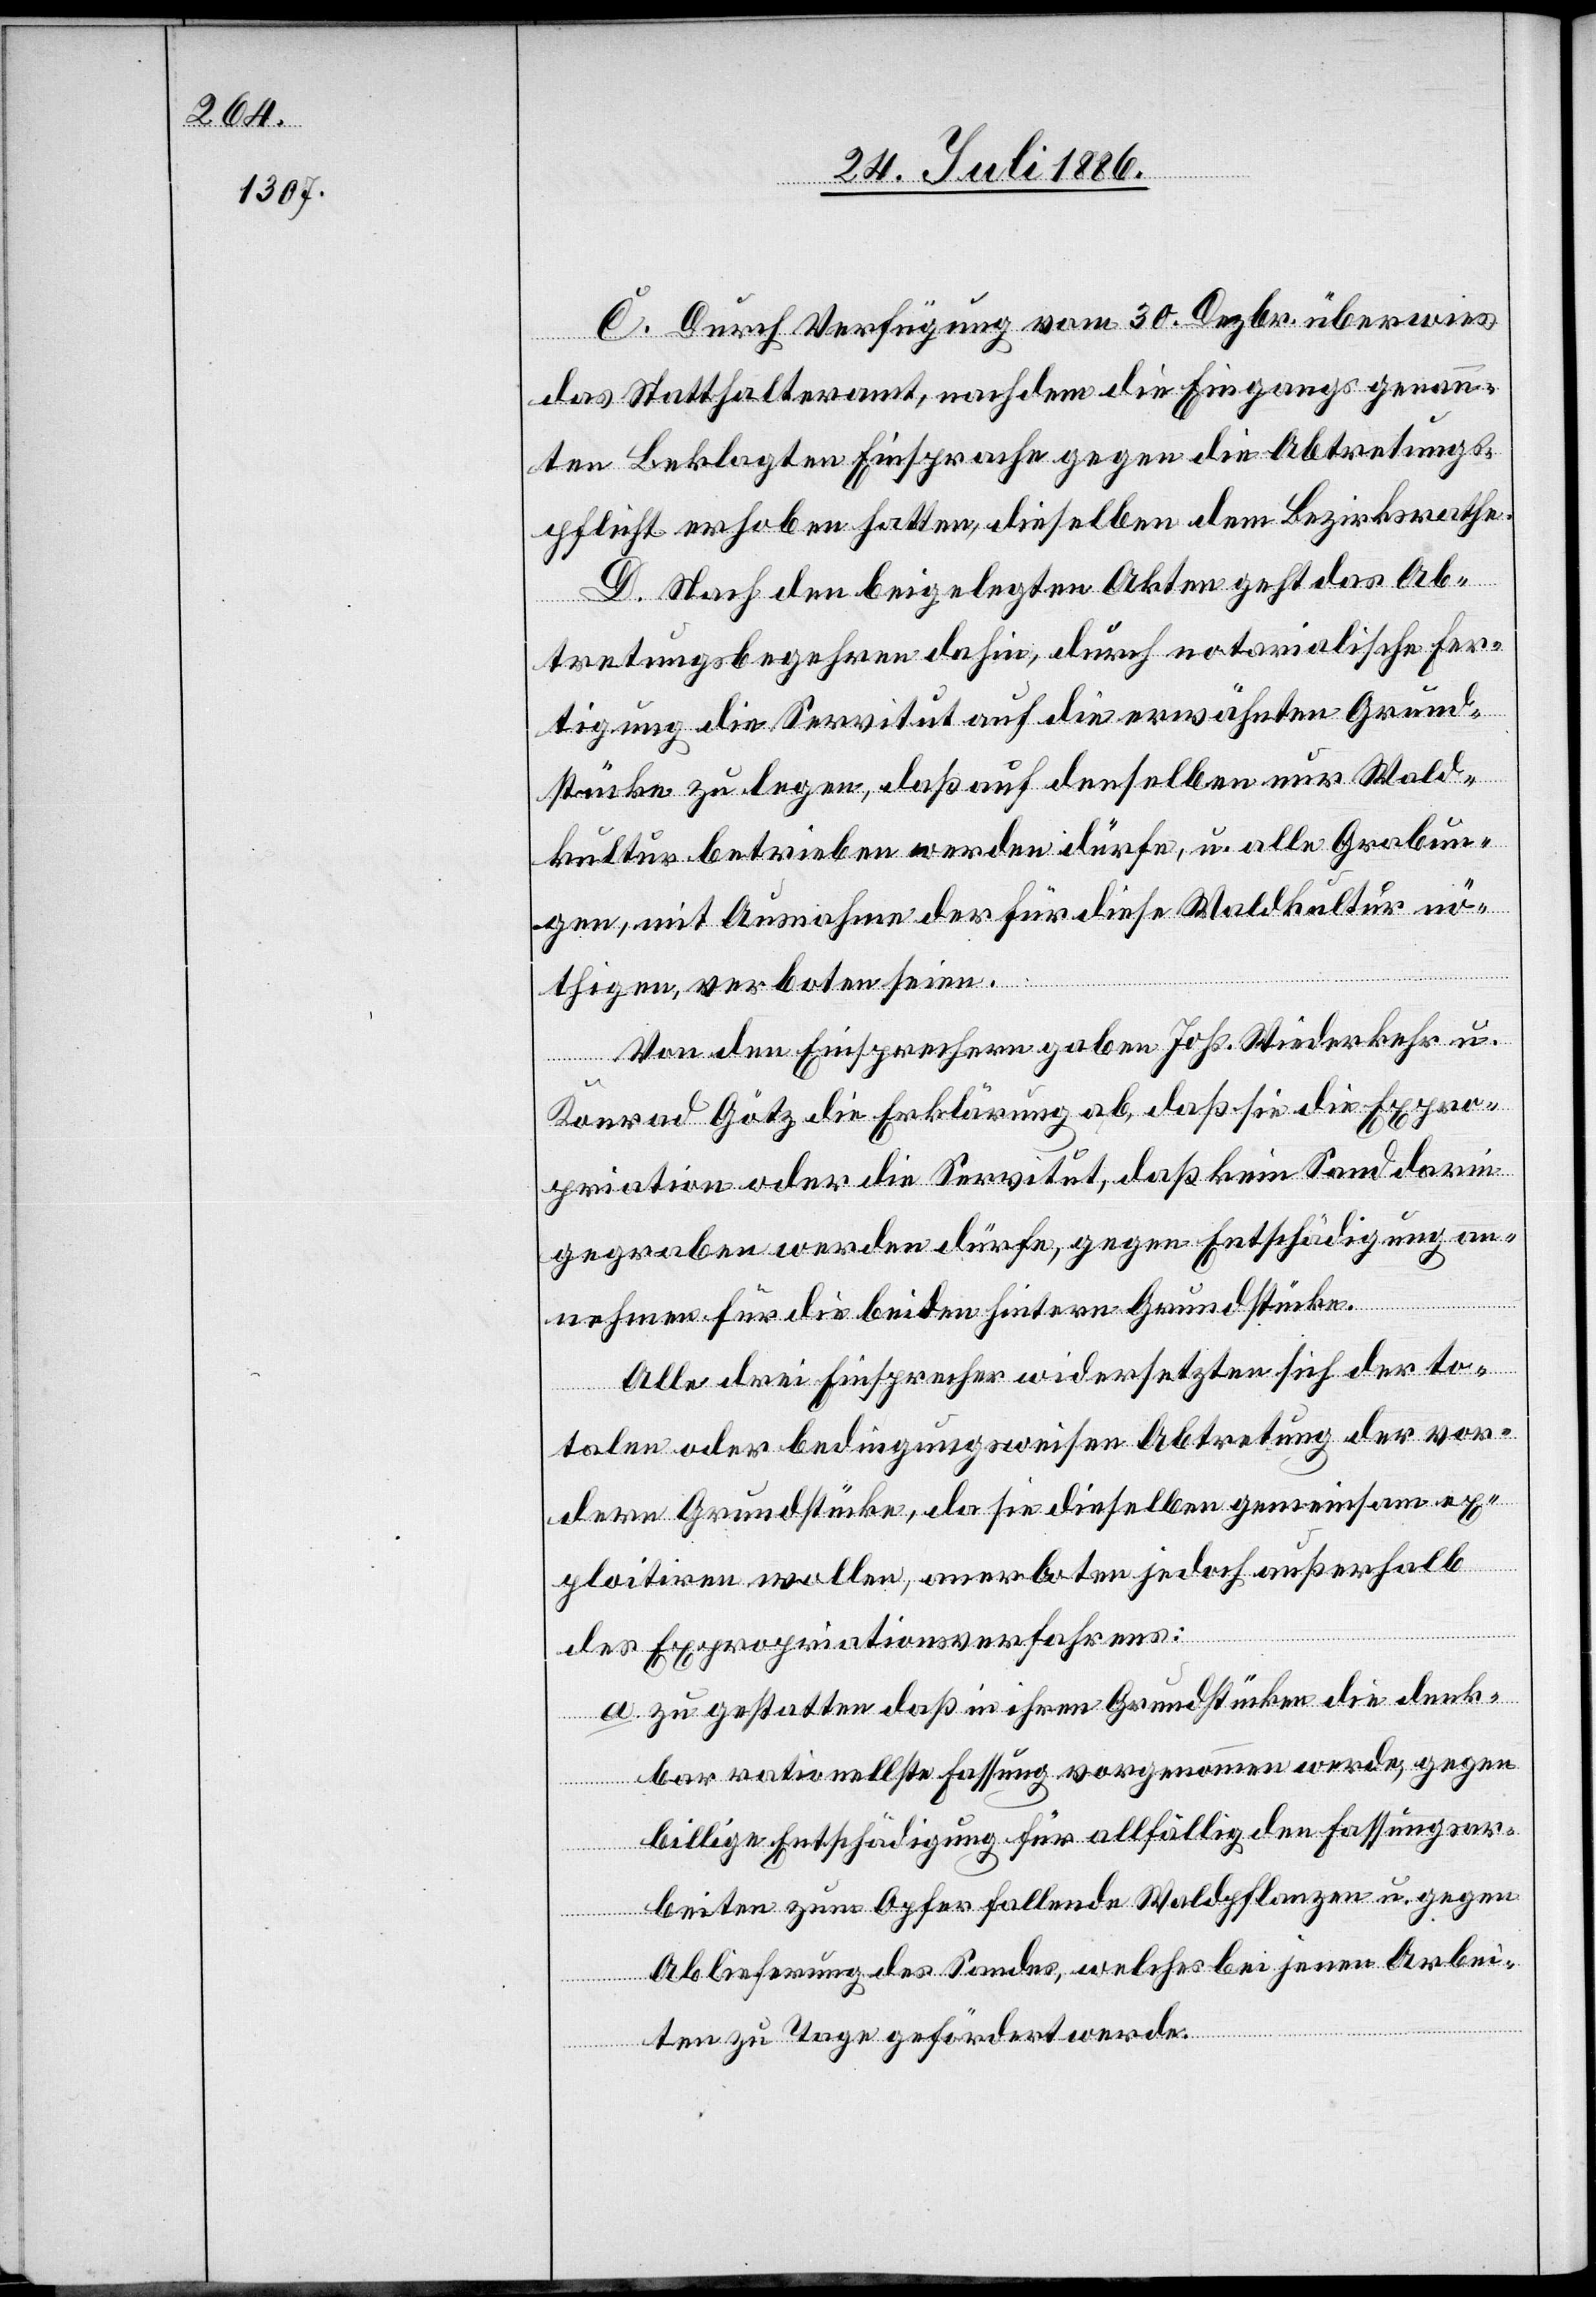
C. Durch Verfügung vom 30. Dezbr. überwies
das Statthalteramt, nachdem die Eingangs genann¬
ten Beklagten Einsprache gegen die Abtretungs¬
pflicht erhoben hatten, dieselben dem Bezirksrathe.
D. Nach den beigelegten Akten geht das Ab¬
tretungsbegehren dahin, durch notarialische Fer¬
tigung die Servitut auf die erwähnten Grund¬
stücke zu legen, daß auf denselben nur Wald¬
kultur betrieben werden dürfe, u. alle Grabun¬
gen, mit Ausnahme der für diese Waldkultur nö¬
thigen, verboten seien.
Von den Einsprachen gaben Johs. Wiederkehr u.
Konrad Götz die Erklärung ab, daß sie die Expro¬
priation oder die Servitut, daß kein Sand darin
gegraben werden dürfe, gegen Entschädigung an¬
nehmen für die beiden hintern Grundstücke.
Alle drei Einsprecher widersetzten sich der to¬
talen oder bedingungsweisen Abtretung der vor¬
dern Grundstücke, da sie dieselben gemeinsam ex¬
ploitiren wollen, anerboten jedoch außerhalb
des Expropriationsverfahrens:
a. zu gestatten daß in ihrem Grundstücke die denk¬
bar rationellste Fassung vorgenommen werde, gegen
billige Entschädigung für allfällig den Fassungsar¬
beiten zum Opfer fallende Waldpflanzen u. gegen
Ablieferung des Sandes, welcher bei jenen Arbei¬
ten zu Tage gefördert werde.